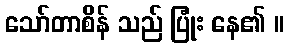
သော်တာစိန် သည် ပြုံး နေ၏ ။